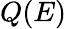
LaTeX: Q(E)